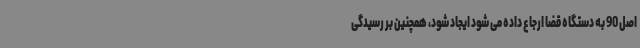
اصل 90 به دستگاه قضا ارجاع داده می شود ایجاد شود، همچنین بر رسیدگی